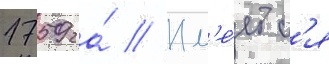
1759 га́ // Им'е́етс'я